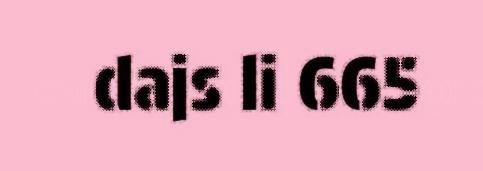
dajs li 665